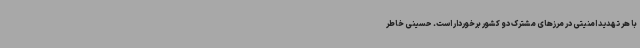
با هر تهدید امنیتی در مرزهای مشترک دو کشور برخوردار است. حسینی خاطر